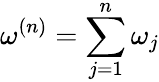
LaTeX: \omega^{(n)}=\sum_{j=1}^{n}\omega_{j}